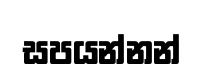
සපයන්නන්